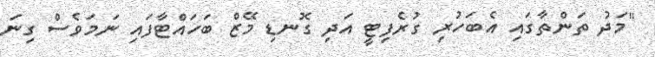
"މަދު ތަންތާގައި އެބަހުރި ގުރެފިޓީ އަދި ގޮނޑި މޭޒް ބަހައްޓާފައި ނަމަވެސް ގިނަ